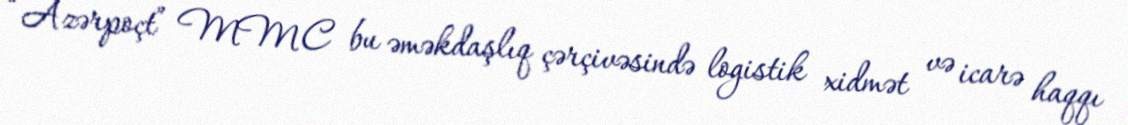
“Azərpoçt” MMC bu əməkdaşlıq çərçivəsində logistik xidmət və icarə haqqı